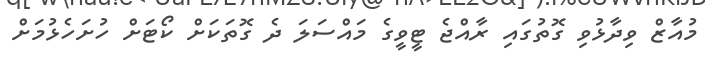
މުއާޒް ވިދާޅުވި ގޮތުގައި ރާއްޖެ ޓީވީގެ މައްސަލަ ދެ ގޮތަކަށް ކޯޓަށް ހުށަހެޅުމަށް